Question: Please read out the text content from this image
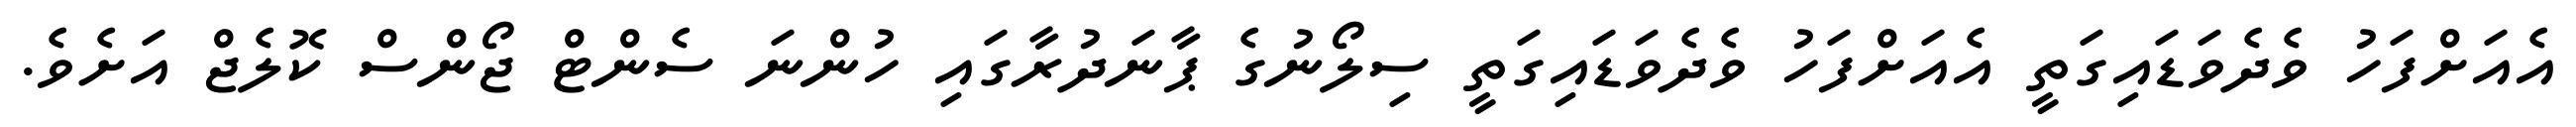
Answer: އެއަށްފަހު ވެދެވަޑައިގަތީ އެއަށްފަހު ވެދެވަޑައިގަތީ ސިލޯނުގެ ޕާނަދުރާގައި ހުންނަ ސެންޓް ޖޯންސް ކޮލެޖް އަށެވެ.